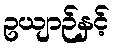
ဥယျာဉ်နှင့်